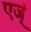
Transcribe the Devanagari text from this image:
एज्ं